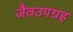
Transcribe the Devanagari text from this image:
जैवउपग्रह